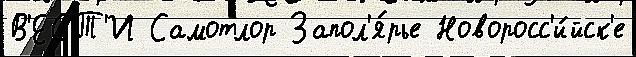
В'ЕСТ'И Самотлор Запол'я́рье Новоросс'и́йск'е